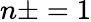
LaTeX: n\pm=1